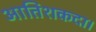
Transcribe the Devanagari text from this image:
आतिशकदा।